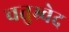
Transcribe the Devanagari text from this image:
चतुभ्र्वेद